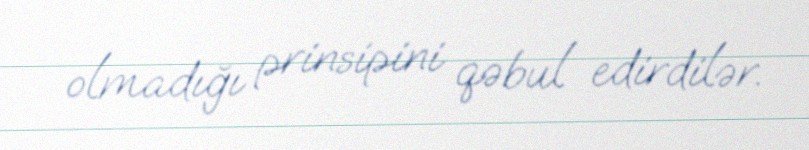
olmadığı prinsipini qəbul edirdilər.